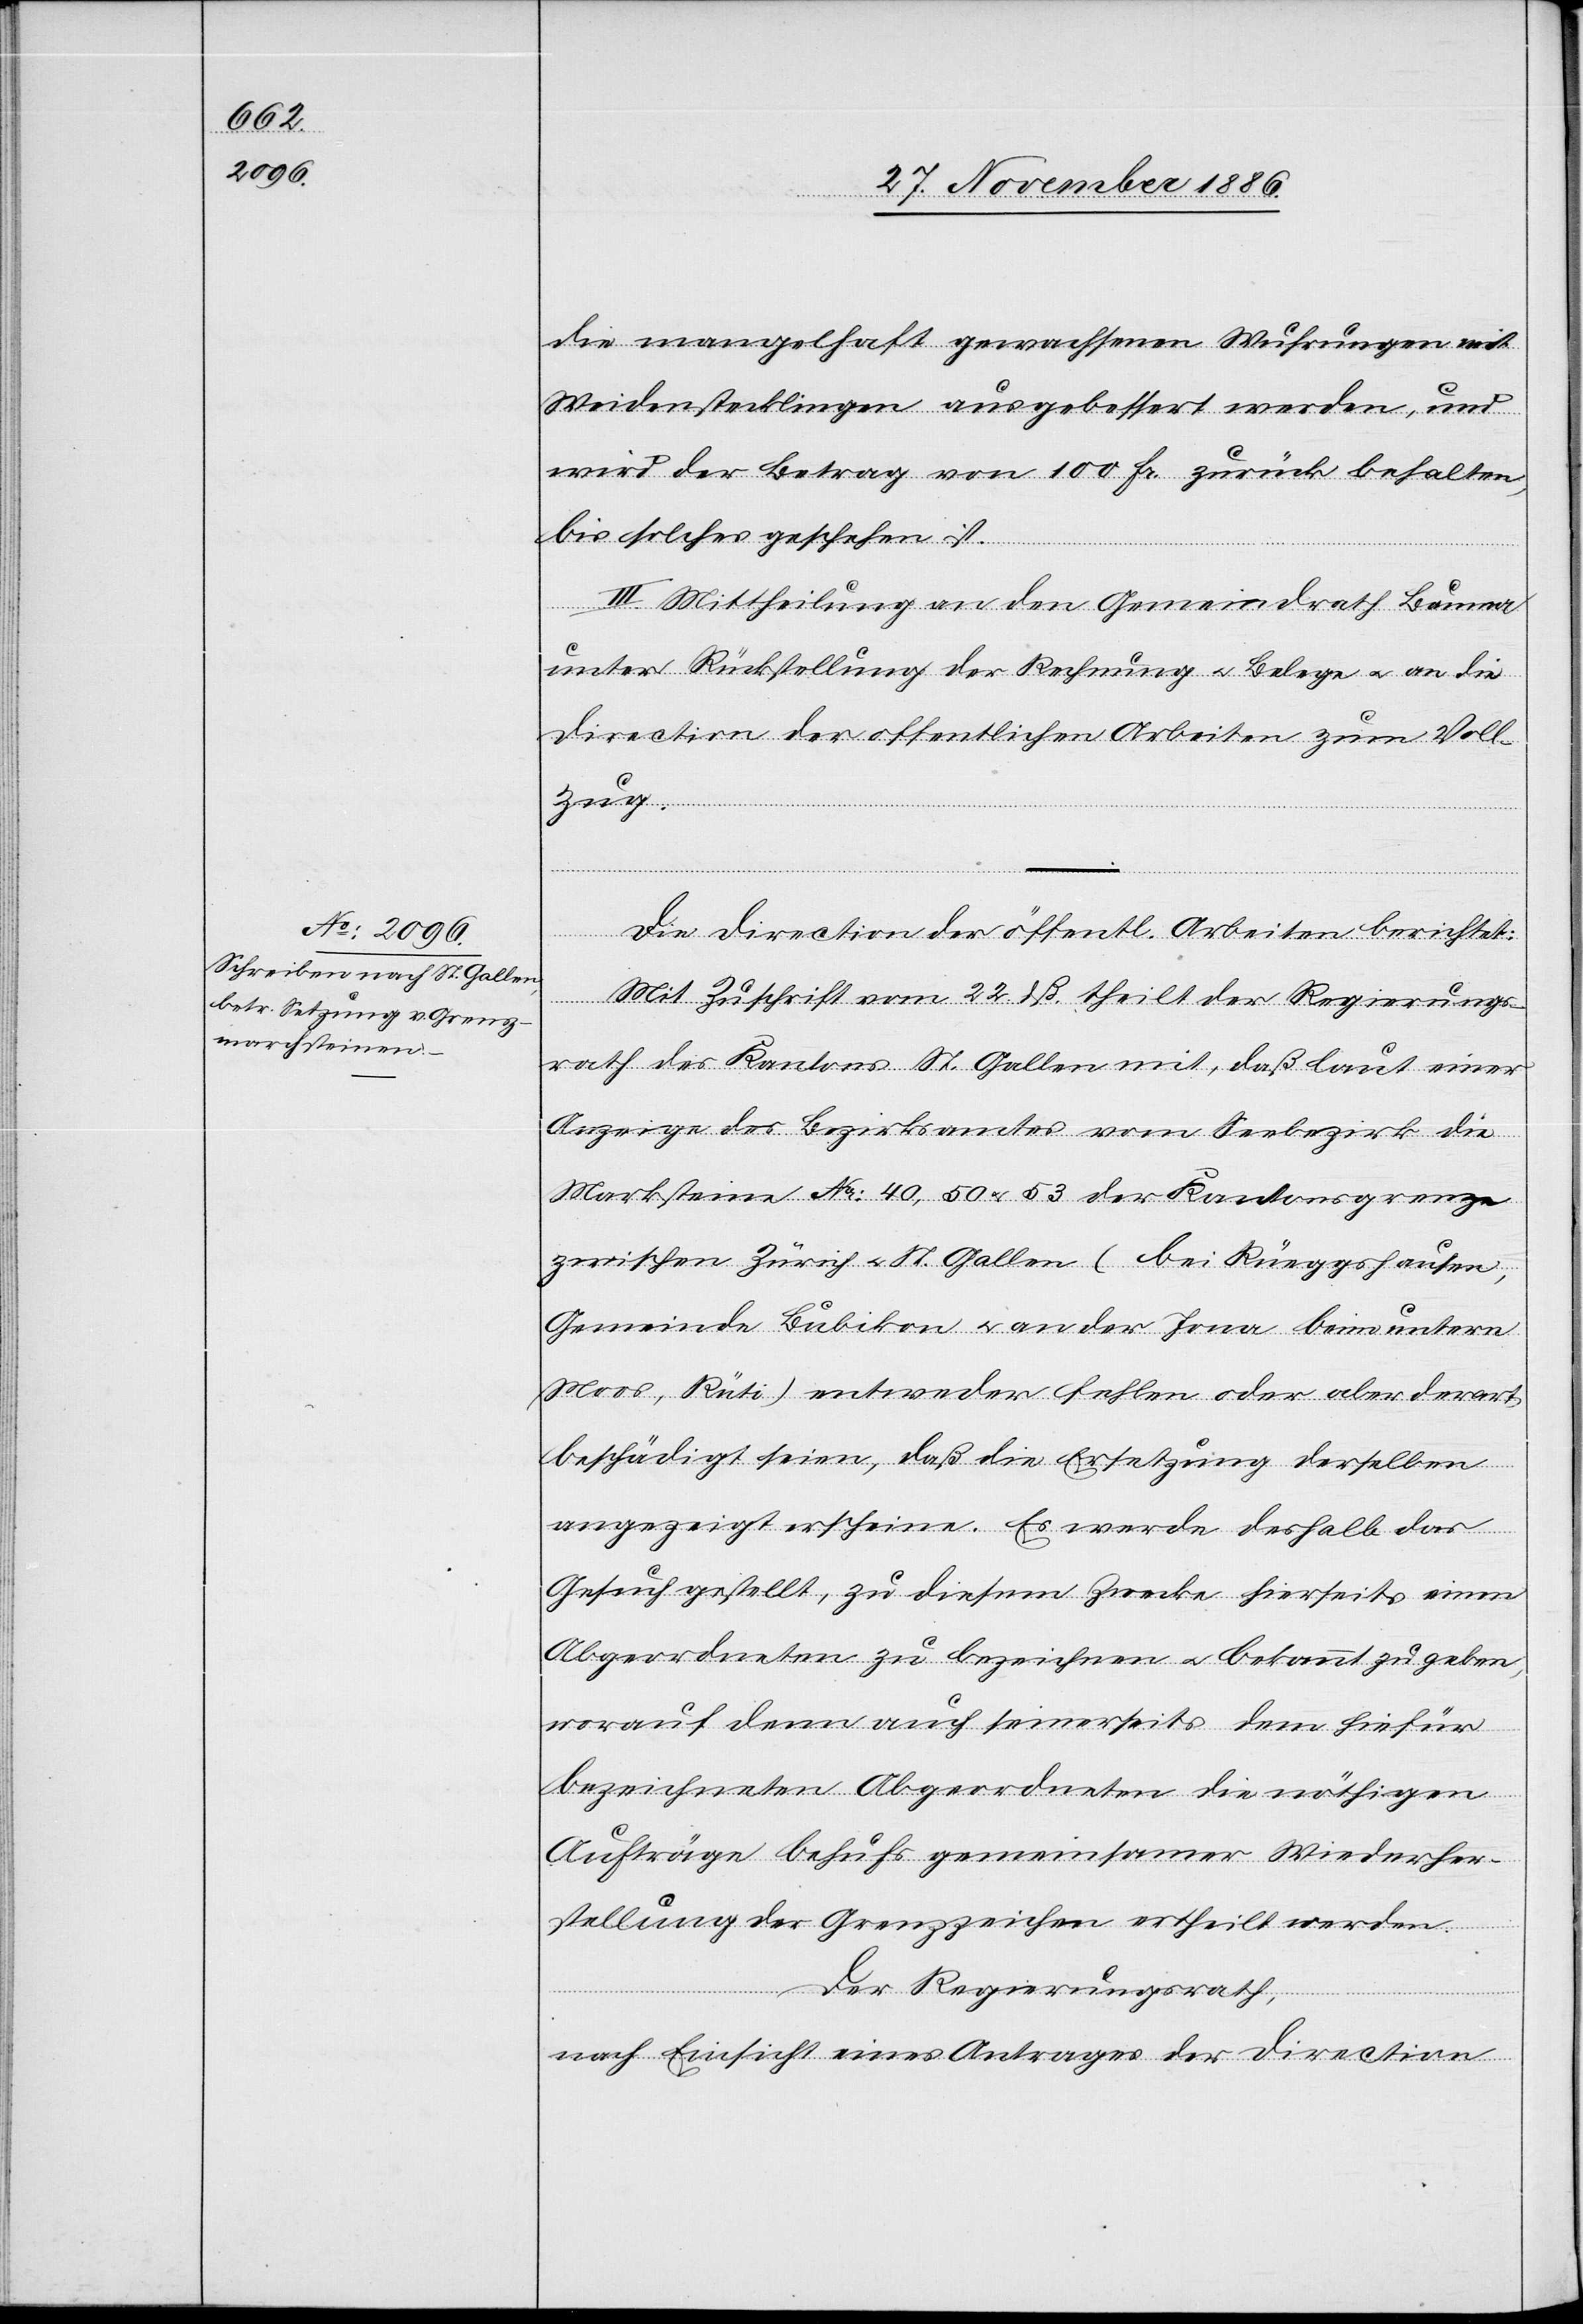
die mangelhaft gewachsenen Wuhrungen mit
Weidenstecklingen ausgebessert werden, und
wird der Betrag von 100 Fr. zurück behalten,
bis solches geschehen ist.
III. Mittheilung an den Gemeindrath Bauma
unter Rückstellung der Rechnung & Belege & an die
Direction der öffentlichen Arbeiten zum Voll¬
zug.
Die Direction der öffentl. Arbeiten berichtet:
Mit Zuschrift vom 22. dß. theilt der Regierungs¬
rath des Kantons St. Gallen mit, daß laut einer
Anzeige des Bezirksamtes vom Seebezirk die
Marksteine No 40, 50 & 53 der Kantonsgrenze
zwischen Zürich & St. Gallen (bei Rüeggshausen,
Gemeinde Bubikon & an der Jona beim untern
Moos, Rüti) entweder fehlen oder aber derart
beschädigt seien, daß die Ersetzung derselben
angezeigt erscheine. Es werde deshalb das
Gesuch gestellt, zu diesem Zwecke hierseits einen
Abgeordneten zu bezeichnen & bekannt zu geben,
worauf denn auch seinerseits dem hiefür
bezeichneten Abgeordneten die nöthigen
Aufträge behufs gemeinsamer Wiederher¬
stellung der Grenzzeichen ertheilt werden.
Der Regierungsrath,
nach Einsicht eines Antrages der Direction